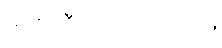
မင်း ထီပေါက်လို့လား။